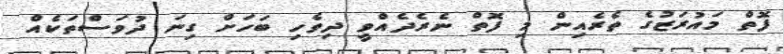
ފޮތް މައުރަޒުގެ ތެރެއިން މި ފޮތް ނެރެދެއްވީ ދިވެހި ބަހަށް ގިނަ ދުވަސްތަކެއް